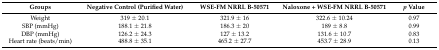
| Groups | Negative Control (Purified Water) | WSE-FM NRRL B-50571 | Naloxone + WSE-FM NRRL B-50571 | p Value |
 | --- | --- | --- | --- | --- |
 | Weight | 319 ± 20.1 | 321.9 ± 16 | 322.6 ± 10.24 | 0.97 |
 | SBP (mmHg) | 188.1 ± 21.8 | 186.3 ± 20 | 189 ± 8.8 | 0.99 |
 | DBP (mmHg) | 126.2 ± 24.3 | 127 ± 13.2 | 131.6 ± 10.7 | 0.83 |
 | Heart rate (beats/min) | 488.8 ± 35.1 | 465.2 ± 27.7 | 453.7 ± 28.9 | 0.13 |